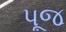
પૂજ